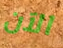
الآن